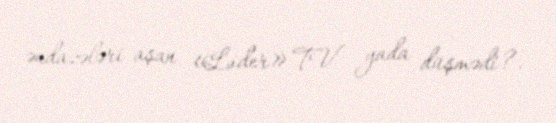
əndazələri aşan «Lider» TV yada düşmədi?.